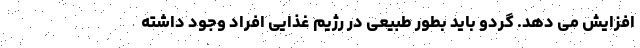
افزایش می دهد. گردو باید بطور طبیعی در رژیم غذایی افراد وجود داشته